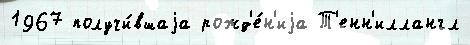
1967 получи́вшаjа рожд'е́н'иjа Т'енн'иллангл